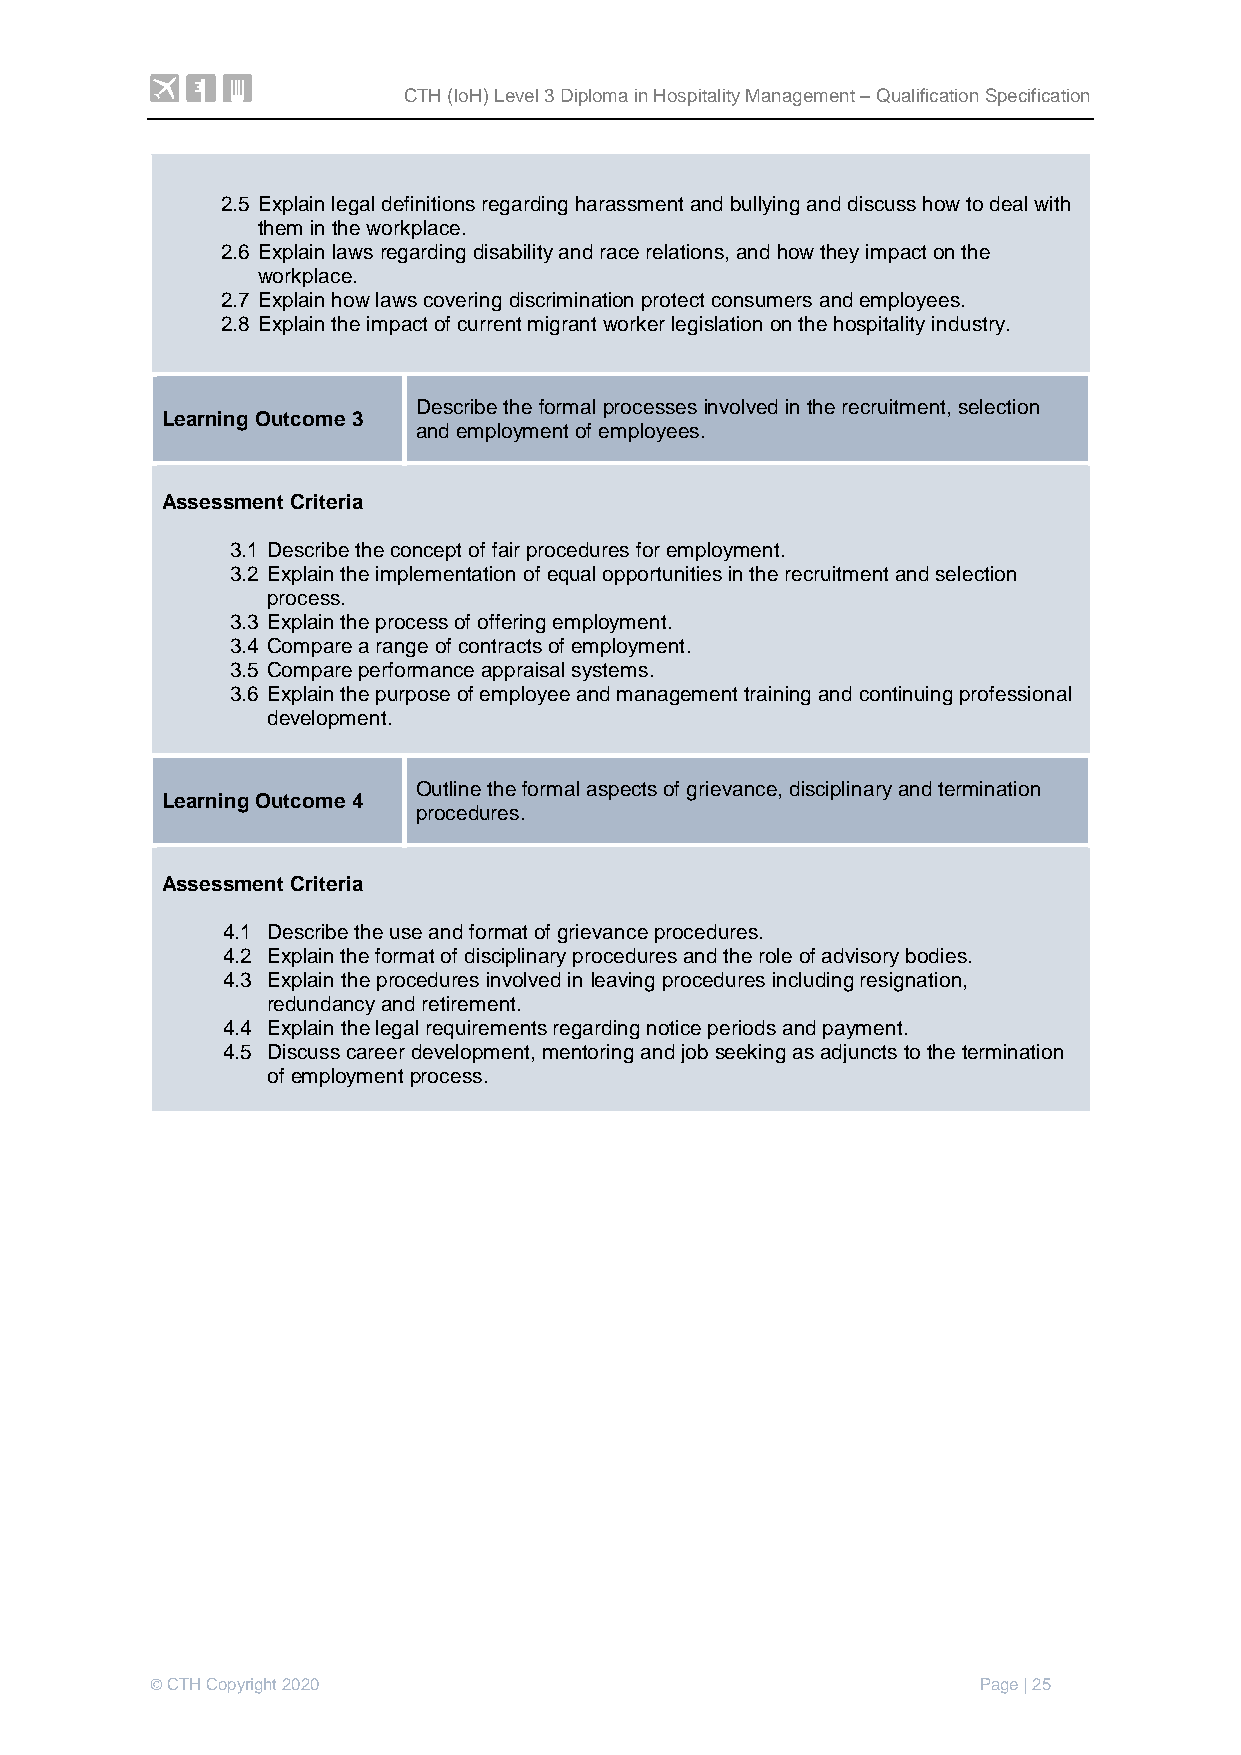
CTH (IoH) Level 3 Diploma in Hospitality Management – Qualification Specification
 2.5 Explain legal definitions regarding harassment and bullying and discuss how to deal with
 them in the workplace.
 2.6 Explain laws regarding disability and race relations, and how they impact on the
 workplace.
 2.7 Explain how laws covering discrimination protect consumers and employees.
 2.8 Explain the impact of current migrant worker legislation on the hospitality industry.
 Describe the formal processes involved in the recruitment, selection
 Learning Outcome 3
 and employment of employees.
 Assessment Criteria
 3.1 Describe the concept of fair procedures for employment.
 3.2 Explain the implementation of equal opportunities in the recruitment and selection
 process.
 3.3 Explain the process of offering employment.
 3.4 Compare a range of contracts of employment.
 3.5 Compare performance appraisal systems.
 3.6 Explain the purpose of employee and management training and continuing professional
 development.
 Outline the formal aspects of grievance, disciplinary and termination
 Learning Outcome 4
 procedures.
 Assessment Criteria
 4.1 Describe the use and format of grievance procedures.
 4.2 Explain the format of disciplinary procedures and the role of advisory bodies.
 4.3 Explain the procedures involved in leaving procedures including resignation,
 redundancy and retirement.
 4.4 Explain the legal requirements regarding notice periods and payment.
 4.5 Discuss career development, mentoring and job seeking as adjuncts to the termination
 of employment process.
 © CTH Copyright 2020                                   Page | 25